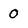
Character: 0